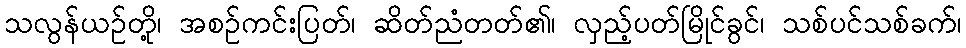
သလွန်ယဉ်တို့၊ အစဉ်ကင်းပြတ်၊ ဆိတ်ညံတတ်၏၊ လှည့်ပတ်မြိုင်ခွင်၊ သစ်ပင်သစ်ခက်၊